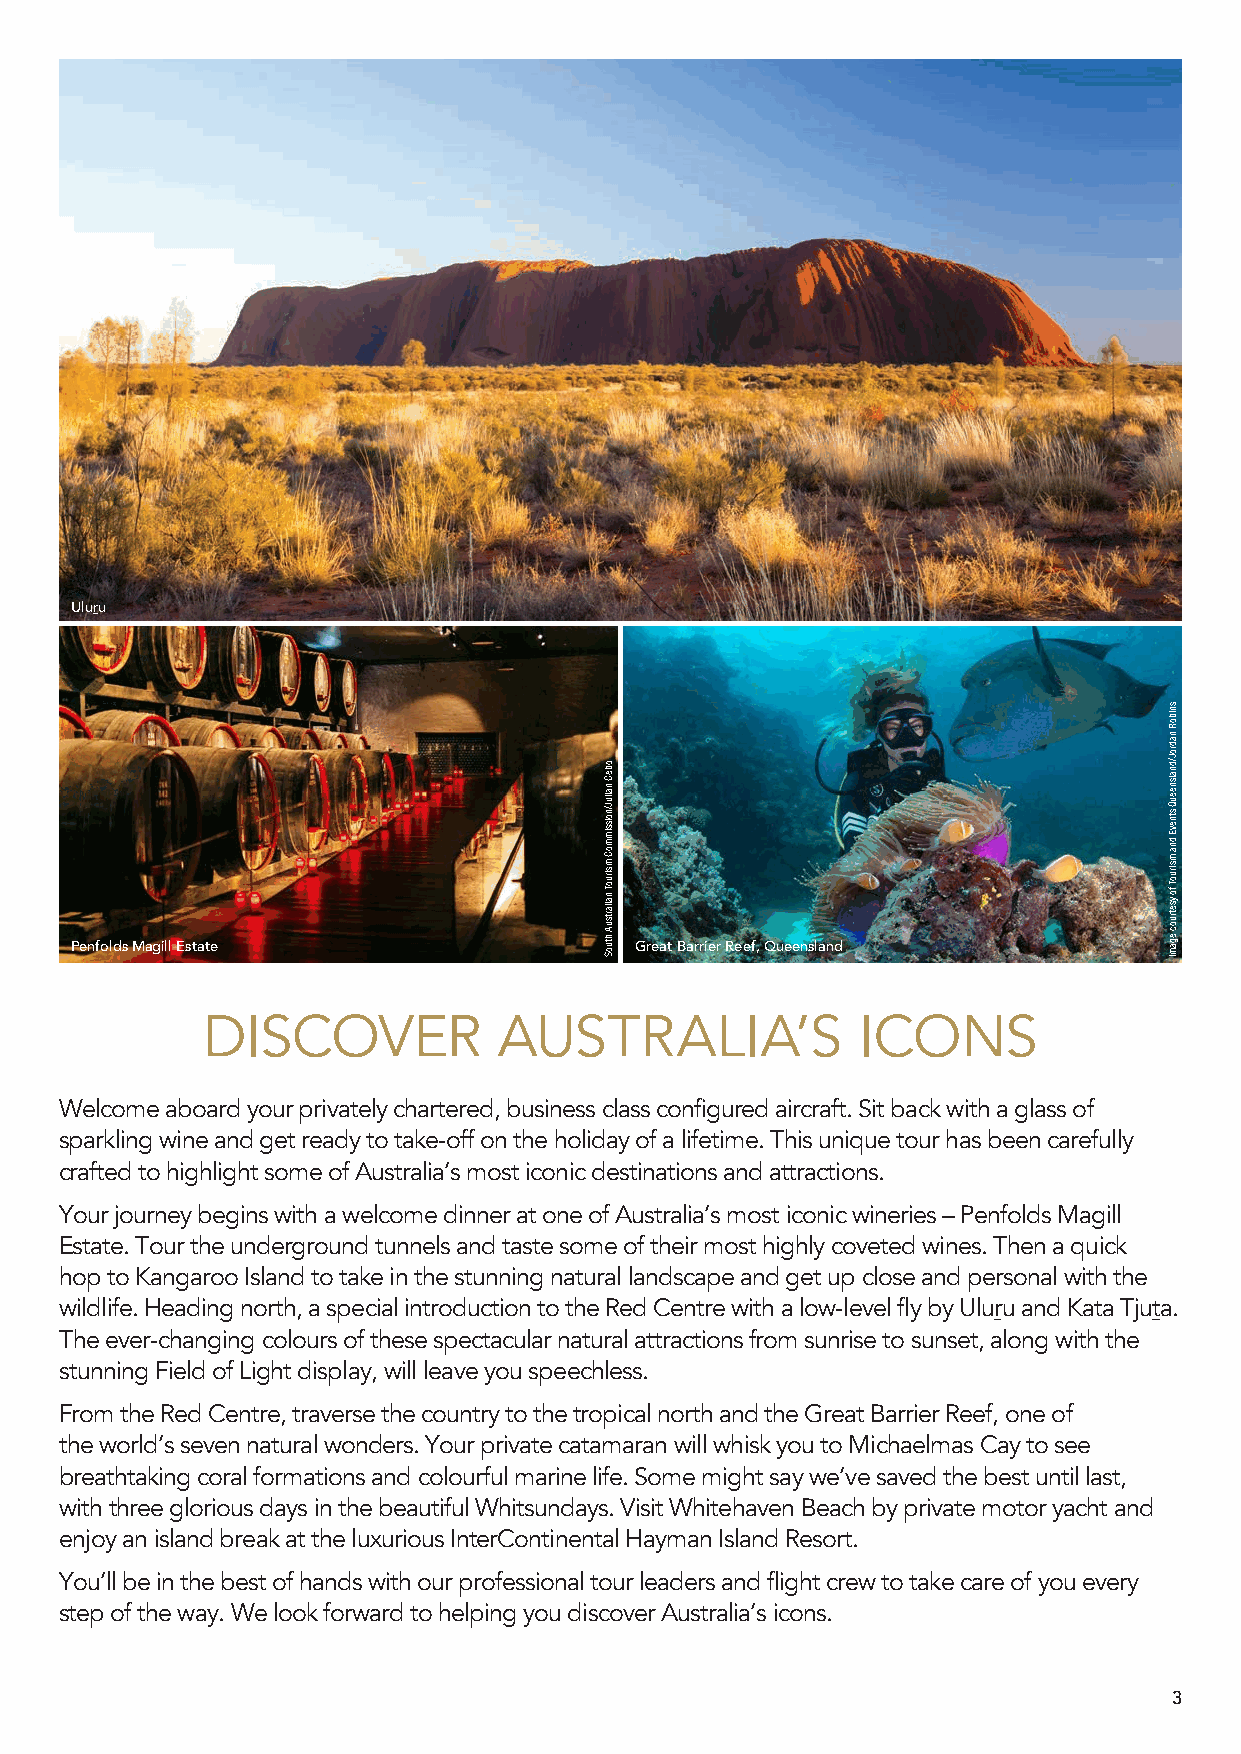
Uluru
 Penfolds Magill Estate               Great Barrier Reef, Queensland
 DISCOVER            AUSTRALIA’S             ICONS
 Welcome aboard your privately chartered, business class configured aircraft. Sit back with a glass of
 sparkling wine and get ready to take-off on the holiday of a lifetime. This unique tour has been carefully
 crafted to highlight some of Australia’s most iconic destinations and attractions.
 Your journey begins with a welcome dinner at one of Australia’s most iconic wineries – Penfolds Magill
 Estate. Tour the underground tunnels and taste some of their most highly coveted wines. Then a quick
 hop to Kangaroo Island to take in the stunning natural landscape and get up close and personal with the
 wildlife. Heading north, a special introduction to the Red Centre with a low-level fly by Uluru and Kata Tjuta.
 The ever-changing colours of these spectacular natural attractions from sunrise to sunset, along with the
 stunning Field of Light display, will leave you speechless.
 From the Red Centre, traverse the country to the tropical north and the Great Barrier Reef, one of
 the world’s seven natural wonders. Your private catamaran will whisk you to Michaelmas Cay to see
 breathtaking coral formations and colourful marine life. Some might say we’ve saved the best until last,
 with three glorious days in the beautiful Whitsundays. Visit Whitehaven Beach by private motor yacht and
 enjoy an island break at the luxurious InterContinental Hayman Island Resort.
 You’ll be in the best of hands with our professional tour leaders and flight crew to take care of you every
 step of the way. We look forward to helping you discover Australia’s icons.
 3
 obeC
 nailuJ/noissimmoC
 msiruoT
 nailartsuA
 htuoS
 sniboR
 nadroJ/dnalsneeuQ
 stnevE
 dna
 msiruoT
 fo ysetruoc
 egamI